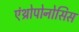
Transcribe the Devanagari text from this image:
एंथ्रोपोनोसिस